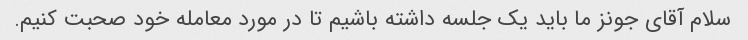
سلام آقای جونز ما باید یک جلسه داشته باشیم تا در مورد معامله خود صحبت کنیم.